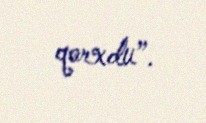
qorxdu”.